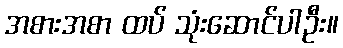
အစားအစာ ထပ် သုံးဆောင်ပါဦး။